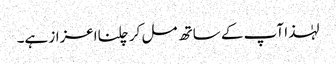
لہٰذا آپ کے ساتھ مل کر چلنااعزاز ہے۔